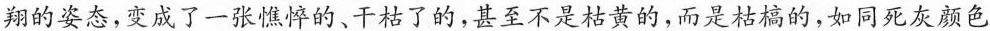
翔的姿态，变成了一张憔悴的、干枯了的，甚至不是枯黄的，而是枯槁的，如同死灰颜色